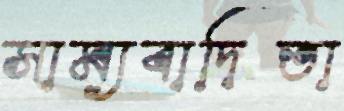
সাম্যবাদিতা